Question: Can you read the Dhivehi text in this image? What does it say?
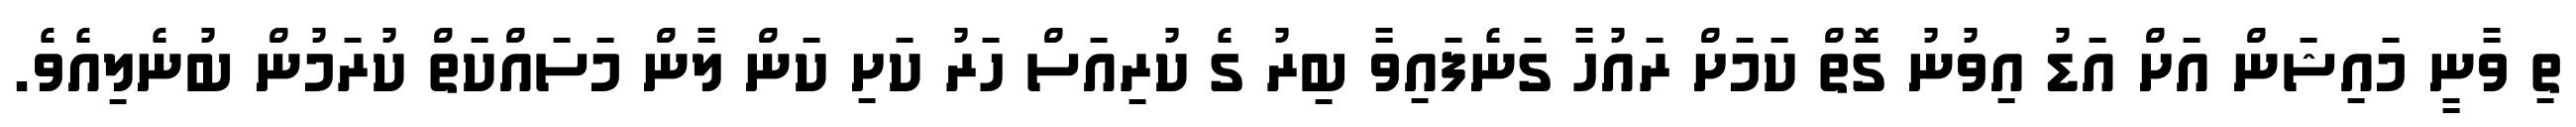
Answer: ތި ވާނީ މައިޝަން އަށް އަޑު އިވުނު ގޮތް ކަމަށް ރައުހާ ގަނެފައިވާ ބިރު ގެ ކުރިއަސް ހަރު ކަށި ކަން ލާން މަސައްކަތް ކުރަމުން ބުނެލިއެވެ.